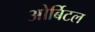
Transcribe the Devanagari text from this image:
ओर्बिटल